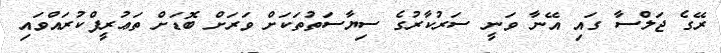
ރޭގެ ޖަލްސާ ގައި އޭނާ ވަނީ ސަރުކާރުގެ ސިޔާސަތުތަކަށް ވަރަށް ބޮޑަށް ތަޢުރީފްކުރައްވައި